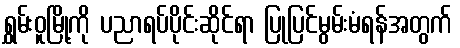
ရွှမ်းဝူမြို့ကို ပညာရပ်ပိုင်းဆိုင်ရာ ပြုပြင်မွမ်းမံရန်အတွက်